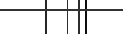
.